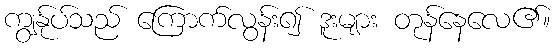
ကျွန်ုပ်သည် ကြောက်လွန်း၍ ဒူးများ တုန်နေလေ၏။